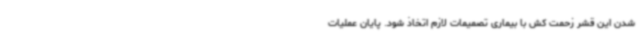
شدن این قشر زحمت کش با بیماری تصمیمات لازم اتخاذ شود. پایان عملیات